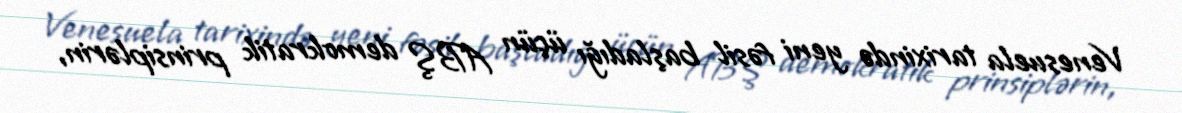
Venesuela tarixində yeni fəsil başladığı üçün ABŞ demokratik prinsiplərin,